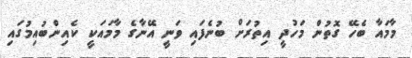
މާމައާ ބެހޭ ގޮތުން މަހުދީ އިތުރަށް ބުނެފައި ވަނީ އޭނާގެ މާމައަކީ ކެއިންބުއިމުގައި